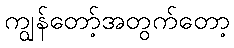
ကျွန်တော့်အတွက်တော့